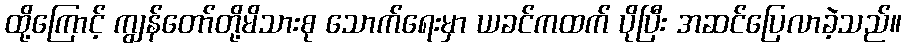
ထို့ကြောင့် ကျွန်တော်တို့မိသားစု သောက်ရေးမှာ ယခင်ကထက် ပိုပြီး အဆင်ပြေလာခဲ့သည်။